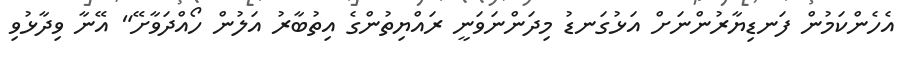
އެހެންކަމުން ފަނޑިޔާރުންނަށް އަޅުގަނޑު މިދަންނަވަނީ ރައްޔިތުންގެ އިތުބާރު އަލުން ހޯއްދަވާށޭ" އޭނާ ވިދާޅުވި